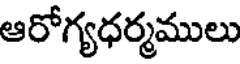
ఆరోగ్యధర్మములు